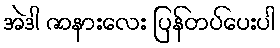
အဲဒါ ဇာနားလေး ပြန်တပ်ပေးပါ